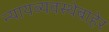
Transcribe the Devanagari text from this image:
न्यायव्यवस्थेबाहेर